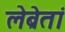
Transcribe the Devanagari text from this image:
लेब्रेतां